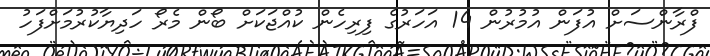
ފްރާންސަށް އުފަން އުމުރުން 14 އަހަރުގެ ފިރިހެން ކުއްޖަކަށް ބޯން މެރޯ ހަދިޔާކުރުމަށްފަހު